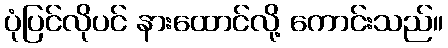
ပုံပြင်လိုပင် နားထောင်လို့ ကောင်းသည်။